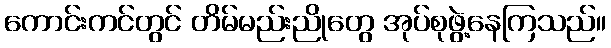
ကောင်းကင်တွင် တိမ်မည်းညိုတွေ အုပ်စုဖွဲ့နေကြသည်။